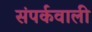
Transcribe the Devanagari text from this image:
संपर्कवाली